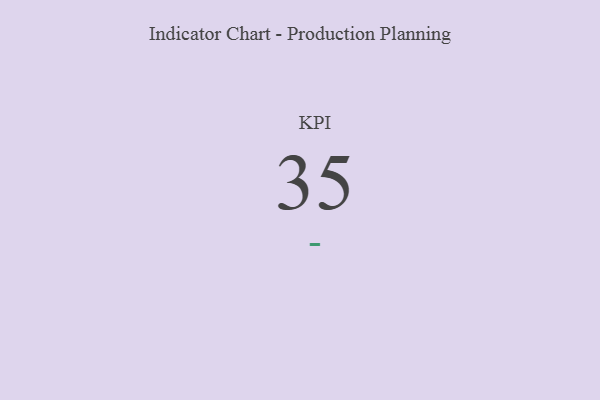
{"axis": {"x": "KPI", "y": "Value"}, "legend": [""], "data": [{"x": "KPI", "y": 35, "type": ""}]}